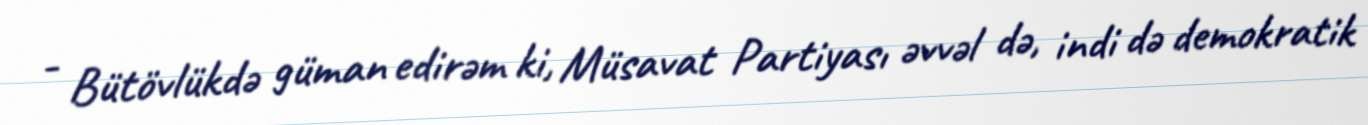
- Bütövlükdə güman edirəm ki, Müsavat Partiyası əvvəl də, indi də demokratik